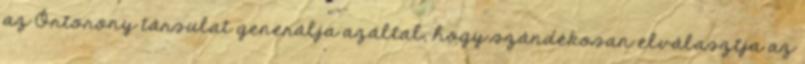
az Őrtorony társulat generálja azáltal, hogy szándékosan elválasztja az